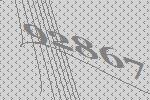
92867